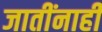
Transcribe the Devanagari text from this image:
जातींनाही